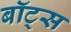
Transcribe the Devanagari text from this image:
बॉट्स